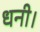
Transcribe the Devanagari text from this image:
धनी।